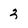
Character: 3